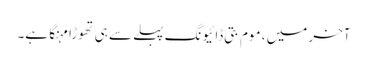
آخر میں ، موم بتی ڈائیونگ پہلے سے ہی تھوڑا مہنگا ہے۔